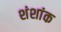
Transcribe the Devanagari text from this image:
शंशांक